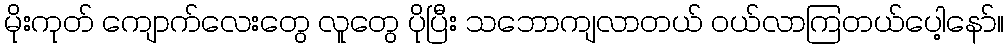
မိုးကုတ် ကျောက်လေးတွေ လူတွေ ပိုပြီး သဘောကျလာတယ် ဝယ်လာကြတယ်ပေါ့နော်။